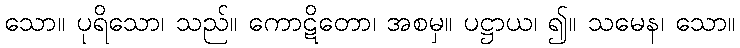
သော။ ပုရိသော၊ သည်။ ကောဋိတော၊ အစမှ။ ပဋ္ဌာယ၊ ၍။ သမေန၊ သော။